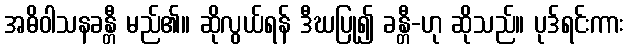
အဓိဝါသနခန္တီ မည်၏။ ဆိုလွယ်ရန် ဒီဃပြု၍ ခန္တီ-ဟု ဆိုသည်။ ပုဒ်ရင်းကား